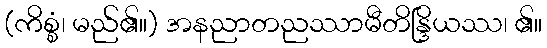
(ကိစ္စံ၊ မည်၏။) အနညာတညဿာမီတိန္ဒြိယဿ၊ ၏။